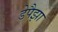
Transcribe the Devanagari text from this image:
डेपैझा